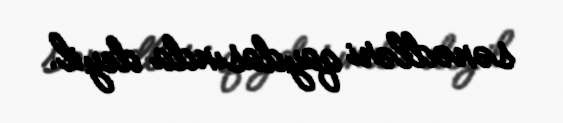
sənədləri qaydasında deyil.